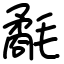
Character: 氄